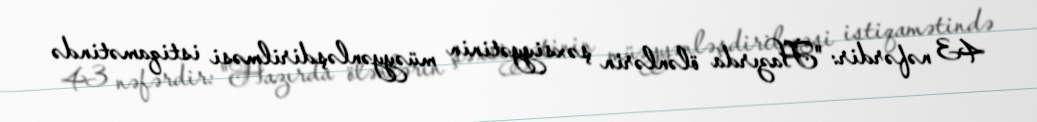
43 nəfərdir: "Hazırda ölənlərin şəxsiyyətinin müəyyənləşdirilməsi istiqamətində